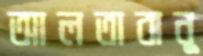
আলতাবানু